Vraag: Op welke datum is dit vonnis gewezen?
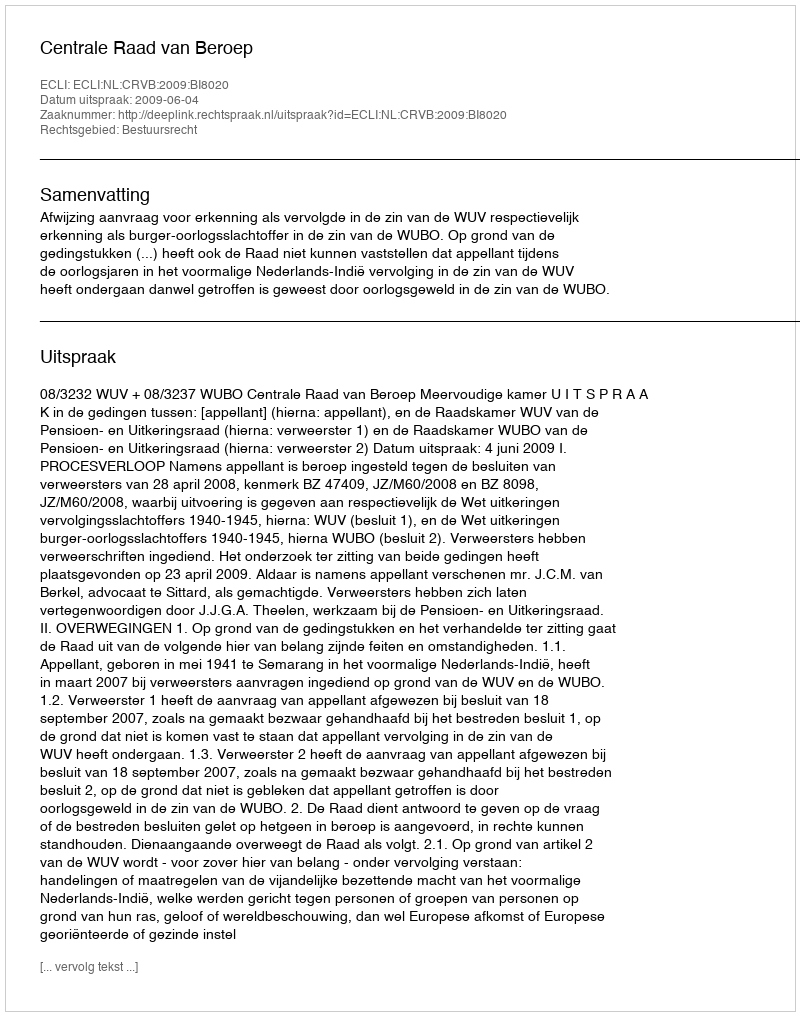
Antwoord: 2009-06-04